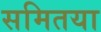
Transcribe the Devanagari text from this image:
समितया